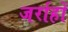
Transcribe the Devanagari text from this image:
जर्राहों